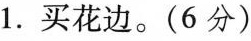
1.买花边。(6分)